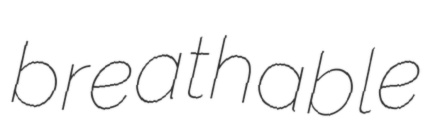
breathable